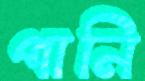
পানি